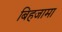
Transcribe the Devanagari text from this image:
बिहजामा